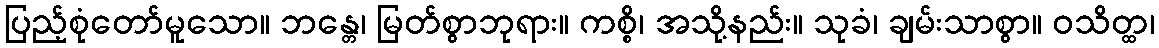
ပြည့်စုံတော်မူသော။ ဘန္တေ၊ မြတ်စွာဘုရား။ ကစ္စိ၊ အသို့နည်း။ သုခံ၊ ချမ်းသာစွာ။ ဝသိတ္ထ၊